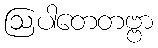
ဩပါတေတဗ္ဗာ